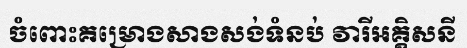
ចំពោះគម្រោងសាងសង់ទំនប់ វារីអគ្គិសនី